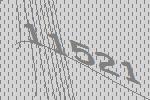
11521